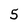
Character: 5